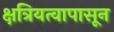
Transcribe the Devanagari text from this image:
क्षत्रियत्वापासून